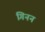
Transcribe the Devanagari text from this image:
गिनन